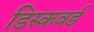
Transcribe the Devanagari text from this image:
डिस्कवर्ड